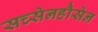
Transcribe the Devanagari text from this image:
सच्सेनहौसेन